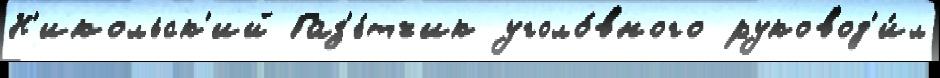
Н'икольск'ий Газ'е́тчик уголо́вного руковод'и́л